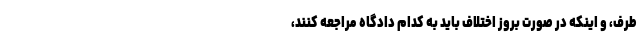
طرف، و اینکه در صورت بروز اختلاف باید به کدام دادگاه مراجعه کنند،